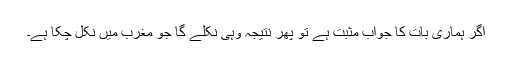
اگر ہماری بات کا جواب مثبت ہے تو پھر نتیجہ وہی نکلے گا جو مغرب میں نکل چکا ہے۔